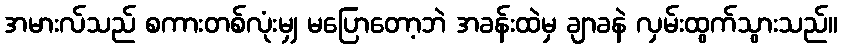
အမားလ်သည် စကားတစ်လုံးမျှ မပြောတော့ဘဲ အခန်းထဲမှ ချာခနဲ လှမ်းထွက်သွားသည်။